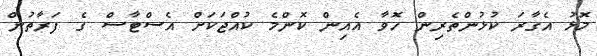
މޮޅު އެގާރަ ކުޅުންތެރިން ހޮވާ އެއިން ކޮންމެ ކުއްޖަކަށް އެސްޓާސް ގެ ފަރާތުން